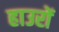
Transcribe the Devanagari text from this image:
हाउरों